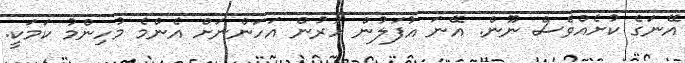
އޭނަގެ ކުށެއްވެސް ނޫން. އޭނަ އުފަލުން ހުރުން އަހަންނަށް އެންމެ މުހިންމު ކަމަކީ.